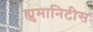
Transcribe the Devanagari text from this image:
ह्युमानिटीस